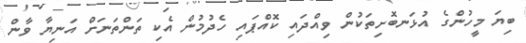
ބިޔަ މީހުންގެ އުޅަނބޮށިތަކުން ވިއްދައި ކޮއްޕައި ހެދުމުން އެކި ތަންތަނަށް އަނިޔާ ވާން